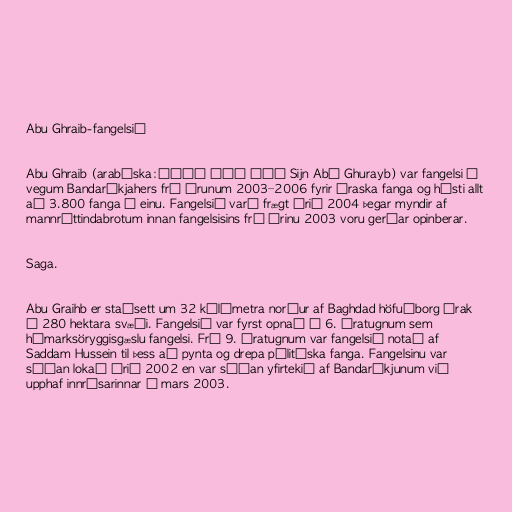
Abu Ghraib-fangelsið

Abu Ghraib (arabíska:سجن أبو غريب Sijn Abū Ghurayb) var fangelsi á
vegum Bandaríkjahers frá árunum 2003–2006 fyrir íraska fanga og hýsti allt
að 3.800 fanga í einu. Fangelsið varð frægt árið 2004 þegar myndir af
mannréttindabrotum innan fangelsisins frá árinu 2003 voru gerðar opinberar.

Saga.

Abu Graihb er staðsett um 32 kílómetra norður af Baghdad höfuðborg Írak
á 280 hektara svæði. Fangelsið var fyrst opnað á 6. áratugnum sem
hámarksöryggisgæslu fangelsi. Frá 9. áratugnum var fangelsið notað af
Saddam Hussein til þess að pynta og drepa pólitíska fanga. Fangelsinu var
síðan lokað árið 2002 en var síðan yfirtekið af Bandaríkjunum við
upphaf innrásarinnar í mars 2003.